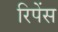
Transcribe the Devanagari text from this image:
रिपेंस